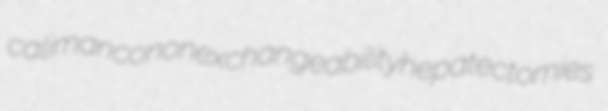
calimanco nonexchangeability hepatectomies